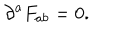
\partial ^ { a } F _ { a b } = 0 . \qquad